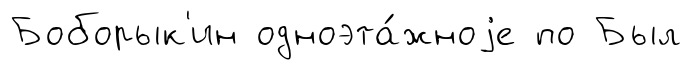
Боборык'ин одноэта́жноjе по Был